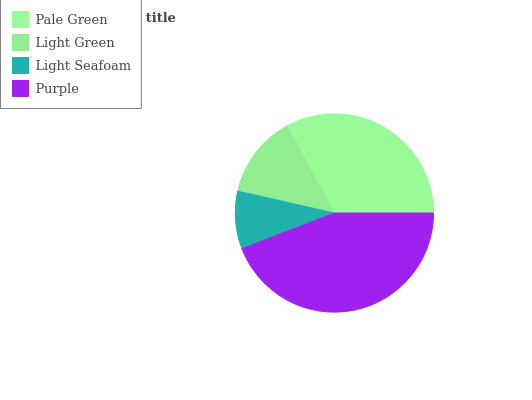
| Pale Green | Light Green | Light Seafoam | Purple |
 | --- | --- | --- | --- |
 | 33% | 13.5% | 9.39% | 44.1% |